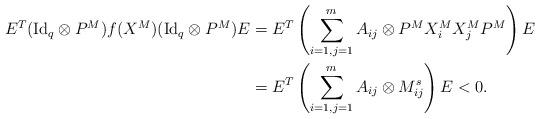
LaTeX: \begin{align*}\begin{aligned}E^T({\rm Id}_q \otimes P^M)f(X^M)({\rm Id}_q \otimes P^M)E&=E^T\left(\sum_{i=1,j=1}^{m} A_{ij}\otimes P^M {X^M_i}{X^M_j} P^M\right) E \\&=E^T\left(\sum_{i=1,j=1}^{m} A_{ij}\otimes M^s_{ij}\right) E<0.\end{aligned}\end{align*}